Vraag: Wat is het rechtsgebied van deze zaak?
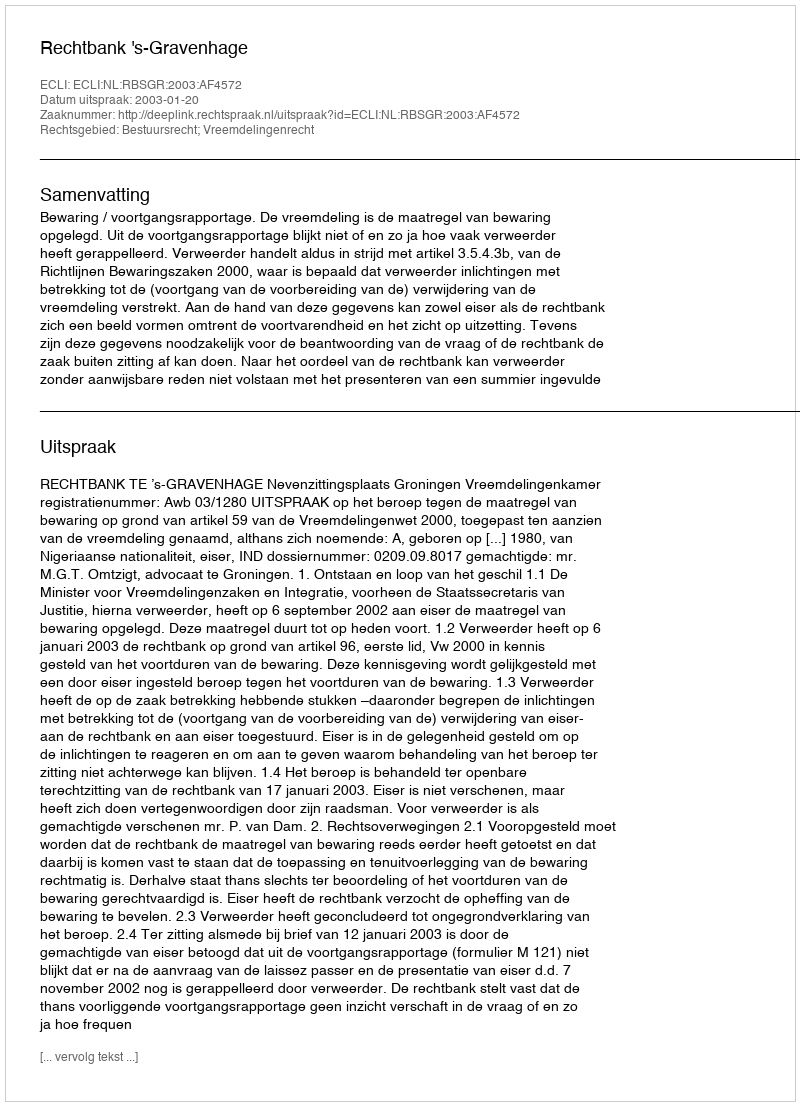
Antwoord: Bestuursrecht; Vreemdelingenrecht